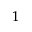
_ 1